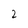
Character: 2